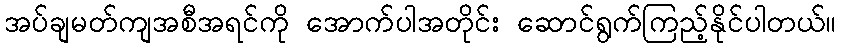
အပ်ချမတ်ကျအစီအရင်ကို အောက်ပါအတိုင်း ဆောင်ရွက်ကြည့်နိုင်ပါတယ်။